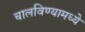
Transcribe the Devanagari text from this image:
चालविण्यामध्ये